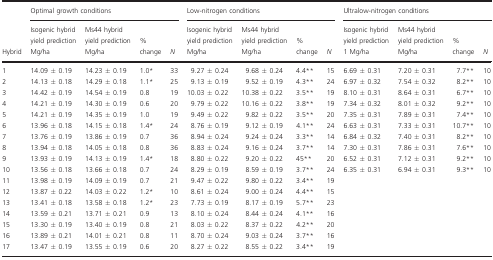
<table><thead><tr><td rowspan="2"><b>Hybrid</b></td><td colspan="4"><b>Optimal growth conditions</b></td><td colspan="4"><b>Low‐nitrogen conditions</b></td><td colspan="4"><b>Ultralow‐nitrogen conditions</b></td></tr><tr><td><b>Isogenic hybrid yield prediction Mg/ha</b></td><td><b>Ms44 hybrid yield prediction Mg/ha</b></td><td><b>% change</b></td><td><b><i>N</i></b></td><td><b>Isogenic hybrid yield prediction Mg/ha</b></td><td><b>Ms44 hybrid yield prediction Mg/ha</b></td><td><b>% change</b></td><td><b><i>N</i></b></td><td><b>Isogenic hybrid yield prediction 1 Mg/ha</b></td><td><b>Ms44 hybrid yield prediction Mg/ha</b></td><td><b>% change</b></td><td><b><i>N</i></b></td></tr></thead><tbody><tr><td>1</td><td>14.09 ± 0.19</td><td>14.23 ± 0.19</td><td>1.0a</td><td>33</td><td>9.27 ± 0.24</td><td>9.68 ± 0.24</td><td>4.4b</td><td>15</td><td>6.69 ± 0.31</td><td>7.20 ± 0.31</td><td>7.7b</td><td>10</td></tr><tr><td>2</td><td>14.13 ± 0.18</td><td>14.29 ± 0.18</td><td>1.1a</td><td>25</td><td>9.13 ± 0.19</td><td>9.52 ± 0.19</td><td>4.3b</td><td>24</td><td>6.97 ± 0.32</td><td>7.54 ± 0.32</td><td>8.2b</td><td>10</td></tr><tr><td>3</td><td>14.42 ± 0.19</td><td>14.54 ± 0.19</td><td>0.8</td><td>19</td><td>10.03 ± 0.22</td><td>10.38 ± 0.22</td><td>3.5b</td><td>19</td><td>8.10 ± 0.31</td><td>8.64 ± 0.31</td><td>6.7b</td><td>10</td></tr><tr><td>4</td><td>14.21 ± 0.19</td><td>14.30 ± 0.19</td><td>0.6</td><td>20</td><td>9.79 ± 0.22</td><td>10.16 ± 0.22</td><td>3.8b</td><td>19</td><td>7.34 ± 0.32</td><td>8.01 ± 0.32</td><td>9.2b</td><td>10</td></tr><tr><td>5</td><td>14.21 ± 0.19</td><td>14.35 ± 0.19</td><td>1.0</td><td>19</td><td>9.49 ± 0.22</td><td>9.82 ± 0.22</td><td>3.5b</td><td>20</td><td>7.35 ± 0.31</td><td>7.89 ± 0.31</td><td>7.4b</td><td>10</td></tr><tr><td>6</td><td>13.96 ± 0.18</td><td>14.15 ± 0.18</td><td>1.4a</td><td>24</td><td>8.76 ± 0.19</td><td>9.12 ± 0.19</td><td>4.1b</td><td>24</td><td>6.63 ± 0.31</td><td>7.33 ± 0.31</td><td>10.7b</td><td>10</td></tr><tr><td>7</td><td>13.76 ± 0.19</td><td>13.86 ± 0.19</td><td>0.7</td><td>36</td><td>8.94 ± 0.24</td><td>9.24 ± 0.24</td><td>3.3b</td><td>14</td><td>6.84 ± 0.32</td><td>7.40 ± 0.31</td><td>8.2b</td><td>10</td></tr><tr><td>8</td><td>13.94 ± 0.18</td><td>14.05 ± 0.18</td><td>0.8</td><td>36</td><td>8.83 ± 0.24</td><td>9.16 ± 0.24</td><td>3.7b</td><td>14</td><td>7.30 ± 0.31</td><td>7.86 ± 0.31</td><td>7.6b</td><td>10</td></tr><tr><td>9</td><td>13.93 ± 0.19</td><td>14.13 ± 0.19</td><td>1.4a</td><td>18</td><td>8.80 ± 0.22</td><td>9.20 ± 0.22</td><td>45b</td><td>20</td><td>6.52 ± 0.31</td><td>7.12 ± 0.31</td><td>9.2b</td><td>10</td></tr><tr><td>10</td><td>13.56 ± 0.18</td><td>13.66 ± 0.18</td><td>0.7</td><td>24</td><td>8.29 ± 0.19</td><td>8.59 ± 0.19</td><td>3.7b</td><td>24</td><td>6.35 ± 0.31</td><td>6.94 ± 0.31</td><td>9.3b</td><td>10</td></tr><tr><td>11</td><td>13.98 ± 0.19</td><td>14.09 ± 0.19</td><td>0.7</td><td>21</td><td>9.47 ± 0.22</td><td>9.80 ± 0.22</td><td>3.4b</td><td>19</td><td></td><td></td><td></td><td></td></tr><tr><td>12</td><td>13.87 ± 0.22</td><td>14.03 ± 0.22</td><td>1.2a</td><td>10</td><td>8.61 ± 0.24</td><td>9.00 ± 0.24</td><td>4.4b</td><td>15</td><td></td><td></td><td></td><td></td></tr><tr><td>13</td><td>13.41 ± 0.18</td><td>13.58 ± 0.18</td><td>1.2a</td><td>23</td><td>7.73 ± 0.19</td><td>8.17 ± 0.19</td><td>5.7b</td><td>23</td><td></td><td></td><td></td><td></td></tr><tr><td>14</td><td>13.59 ± 0.21</td><td>13.71 ± 0.21</td><td>0.9</td><td>13</td><td>8.10 ± 0.24</td><td>8.44 ± 0.24</td><td>4.1b</td><td>16</td><td></td><td></td><td></td><td></td></tr><tr><td>15</td><td>13.30 ± 0.19</td><td>13.40 ± 0.19</td><td>0.8</td><td>21</td><td>8.03 ± 0.22</td><td>8.37 ± 0.22</td><td>4.2b</td><td>20</td><td></td><td></td><td></td><td></td></tr><tr><td>16</td><td>13.89 ± 0.21</td><td>14.01 ± 0.21</td><td>0.8</td><td>11</td><td>8.70 ± 0.24</td><td>9.03 ± 0.24</td><td>3.7b</td><td>16</td><td></td><td></td><td></td><td></td></tr><tr><td>17</td><td>13.47 ± 0.19</td><td>13.55 ± 0.19</td><td>0.6</td><td>20</td><td>8.27 ± 0.22</td><td>8.55 ± 0.22</td><td>3.4b</td><td>19</td><td></td><td></td><td></td><td></td></tr></tbody></table>